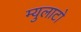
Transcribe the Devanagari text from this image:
म्युलाटो